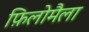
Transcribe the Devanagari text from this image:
फ़िलोमैला